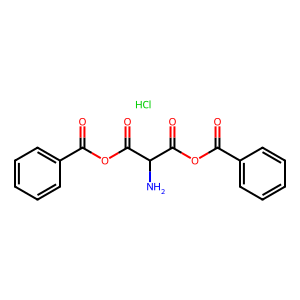
SMILES: Cl.NC(C(=O)OC(=O)c1ccccc1)C(=O)OC(=O)c1ccccc1
Inhibits HIV replication: No